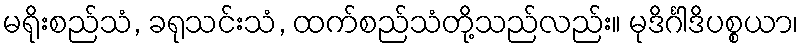
မရိုးစည်သံ, ခရုသင်းသံ, ထက်စည်သံတို့သည်လည်း။ မုဒိင်္ဂါဒိပစ္စယာ၊